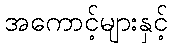
အကောင့်များနှင့်